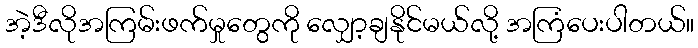
အဲ့ဒီလိုအကြမ်းဖက်မှုတွေကို လျှော့ချနိုင်မယ်လို့ အကြံပေးပါတယ်။